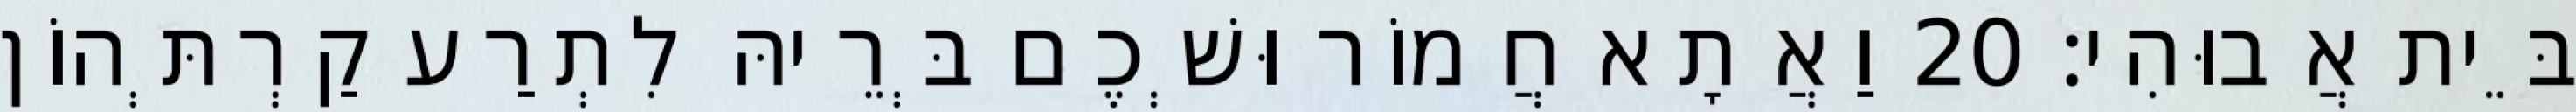
בֵּית אֲבוּהִי׃ 20 וַאֲתָא חֲמוֹר וּשְׁכֶם בְּרֵיהּ לִתְרַע קַרְתְּהוֹן